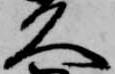
久